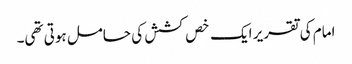
امام کی تقریر ایک خص کشش کی حامل ہوتی تھی۔